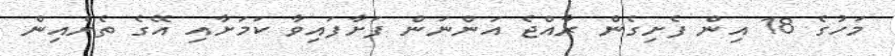
މަހުގެ 18 އިން ފެށިގެން ރާއްޖެ އަންނަން ފަށާފައިވާ ކަމަށާއި އޭގެ ތެރެއިން